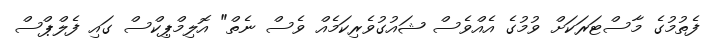
ފެތުމުގެ މާސްޓަރަކަށް ވުމުގެ އެއްވެސް ޝައުގުވެރިކަމެއް ވެސް ނެތް" އޮލިމްޕިކްސް ގައި ފެލްޕްސް